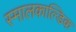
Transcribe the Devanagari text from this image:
स्मालकाल्डिक